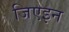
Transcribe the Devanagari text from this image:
जिएइन